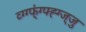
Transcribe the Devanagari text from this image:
व्ग्ग्फ्॑ग्फ्ह्ग्ज्जु